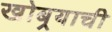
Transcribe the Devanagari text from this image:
खोबर्‍याची